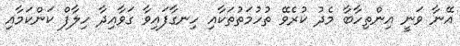
އޭނާ ވަނީ އިންތިހާބާ މެދު ކުރެވޭ ތުހުމަތުތަކާއި ހިނގާފައިވާ ގަވާއިދާ ހިލާފް ކަންކަމާއި